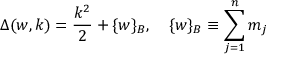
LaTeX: \Delta ( w , k ) = \frac { k ^ { 2 } } { 2 } + \{ w \} _ { B } , \quad \{ w \} _ { B } \equiv \sum _ { j = 1 } ^ { n } m _ { j }